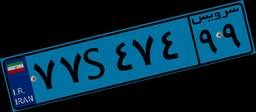
۸۳S۲۷۶۹۸